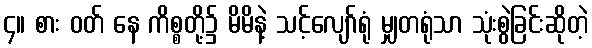
၄။ စား ဝတ် နေ ကိစ္စတို့၌ မိမိနဲ့ သင့်လျော်ရုံ မျှတရုံသာ သုံးစွဲခြင်းဆိုတဲ့